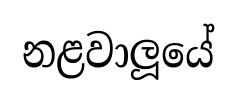
නළවාලූයේ